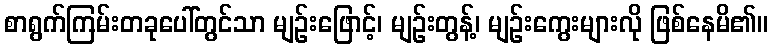
စာရွက်ကြမ်းတခုပေါ်တွင်သာ မျဉ်းဖြောင့်၊ မျဉ်းတွန့်၊ မျဉ်းကွေးများလို ဖြစ်နေမိ၏။